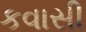
કવાસી